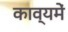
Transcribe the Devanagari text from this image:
काव्यमें